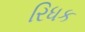
રિધક